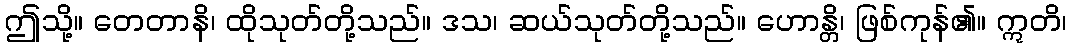
ဤသို့။ တေတာနိ၊ ထိုသုတ်တို့သည်။ ဒသ၊ ဆယ်သုတ်တို့သည်။ ဟောန္တိ၊ ဖြစ်ကုန်၏။ ဣတိ၊